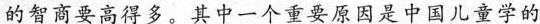
的智商要高得多。其中一个重要原因是中国儿童学的